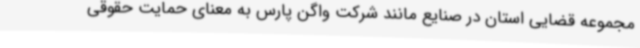
مجموعه قضایی استان در صنایع مانند شرکت واگن پارس به معنای حمایت حقوقی